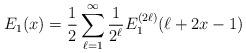
LaTeX: \begin{align*}E_{1}(x) = \frac{1}{2} \sum_{\ell=1}^{\infty} \frac{1}{2^{\ell}} E_{1}^{(2 \ell)} ( \ell + 2x - 1 )\end{align*}